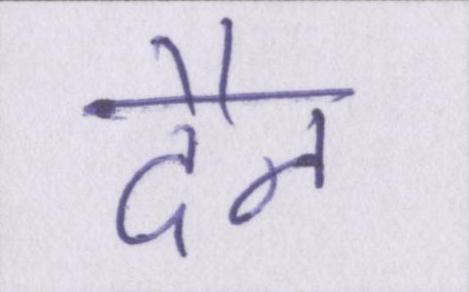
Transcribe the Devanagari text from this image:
दैन